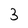
Character: 3